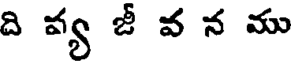
ది వ్య జీ వ న ము